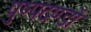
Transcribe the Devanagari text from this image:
पुष्पदण्डों